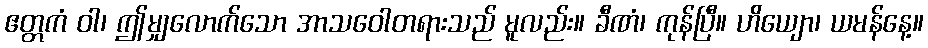
ဧတ္တကံ ဝါ၊ ဤမျှလောက်သော အာသဝေါတရားသည် မူလည်း။ ခီဏံ၊ ကုန်ပြီ။ ဟိယျော၊ ယမန်နေ့။